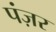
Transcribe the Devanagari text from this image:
पंज़र